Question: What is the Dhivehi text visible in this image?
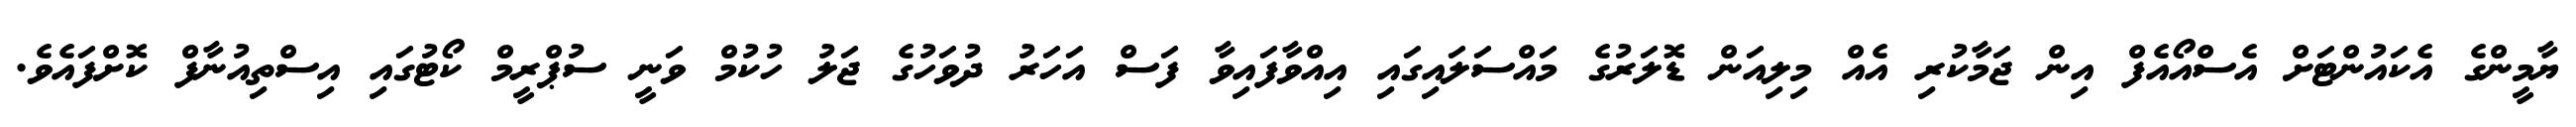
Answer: ޔާމީންގެ އެކައުންޓަށް އެސްއޯއެފް އިން ޖަމާކުރި އެއް މިލިއަން ޑޮލަރުގެ މައްސަލައިގައި އިއްވާފައިވާ ފަސް އަހަރު ދުވަހުގެ ޖަލު ހުކުމް ވަނީ ސުޕްރީމް ކޯޓުގައި އިސްތިއުނާފް ކޮށްފައެވެ.